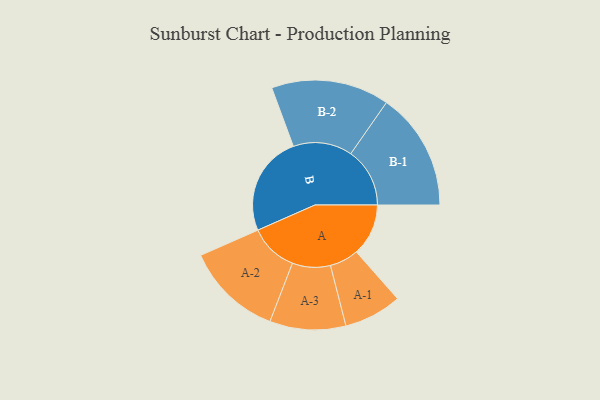
{"axis": {"x": "Segment", "y": "Value"}, "legend": ["", "A", "B"], "data": [{"x": "A", "y": 223, "type": ""}, {"x": "B", "y": 429, "type": ""}, {"x": "A-1", "y": 124, "type": "A"}, {"x": "A-2", "y": 207, "type": "A"}, {"x": "A-3", "y": 163, "type": "A"}, {"x": "B-1", "y": 253, "type": "B"}, {"x": "B-2", "y": 253, "type": "B"}]}